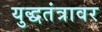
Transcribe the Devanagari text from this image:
युद्धतंत्रावर